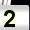
Digit: 2